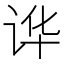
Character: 𲂊